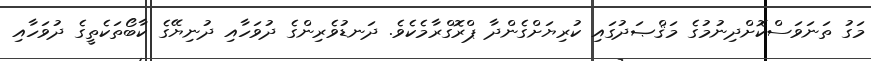
މަގު ތަނަވަސްކޮށްދިނުމުގެ މަޤްޞަދުގައި ކުރިޔަށްގެންދާ ޕްރޮގްރާމެކެވެ. ދަނޑުވެރިންގެ ދުވަހާއި ދުނިޔޭގެ ކާބޯތަކެތީގެ ދުވަހާއި